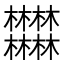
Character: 𣡽